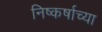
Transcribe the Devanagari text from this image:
निष्कर्षाच्या